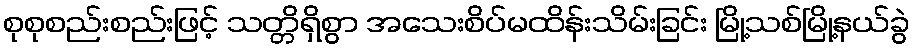
စုစုစည်းစည်းဖြင့် သတ္တိရှိစွာ အသေးစိပ်မထိန်းသိမ်းခြင်း မြို့သစ်မြို့နယ်ခွဲ